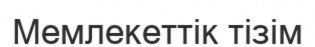
Мемлекеттік тізім